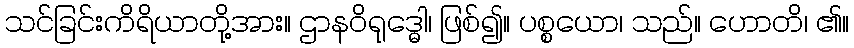
သင်ခြင်းကိရိယာတို့အား။ ဌာနဝိရုဒ္ဓေါ၊ ဖြစ်၍။ ပစ္စယော၊ သည်။ ဟောတိ၊ ၏။